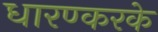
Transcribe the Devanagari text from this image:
धारण्करके